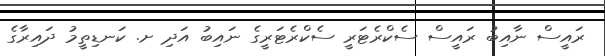
ރައީސް ނާއިބު ރައީސް ސެކްރެޓަރީ ސެކްރެޓަރީގެ ނައިބު އަދި ށ. ކަނޑިތީމު ދައިރާގެ